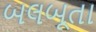
બલબૂતા